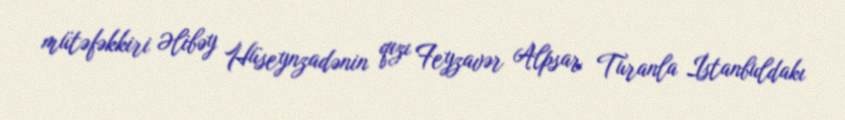
mütəfəkkiri Əlibəy Hüseynzadənin qızı Feyzavər Alpsar Turanla İstanbuldakı